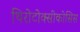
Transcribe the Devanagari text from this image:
थिरोटोक्सीकोसिस